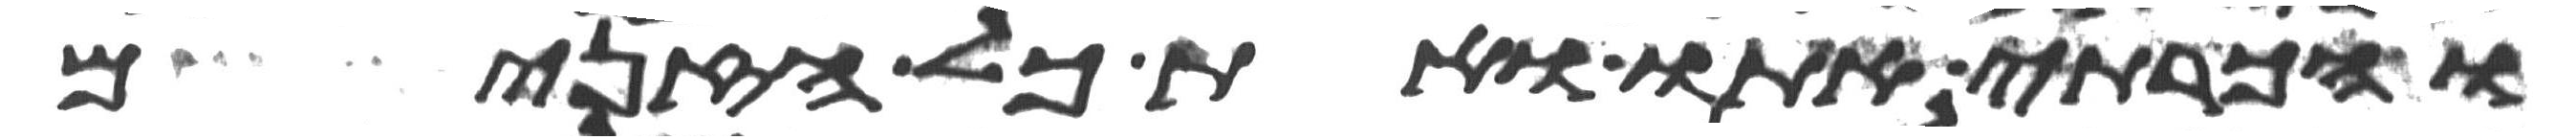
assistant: והכרתי אתו ואת כל הזנים